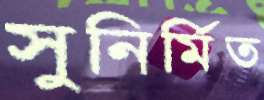
সুনির্মিত